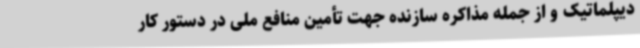
دیپلماتیک و از جمله مذاکره سازنده جهت تأمین منافع ملی در دستور کار